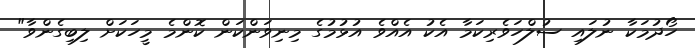
ހޯދުމަކާ ނުލައި ސުލްހަވެރިކަމާ އެކު އެއްވެ އުޅުމުގެ މިނިވަންކަން ކޮންމެ މީހަކަށް ލިބިގެންވާ"